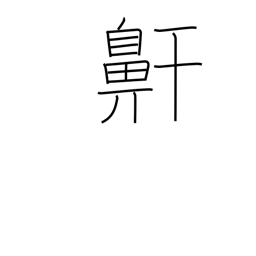
Meaning: snoring